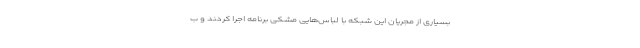
بسیاری از مجریان این شبکه با لباس‌هایی مشکی برنامه اجرا کردند و ب